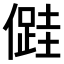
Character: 𠏠